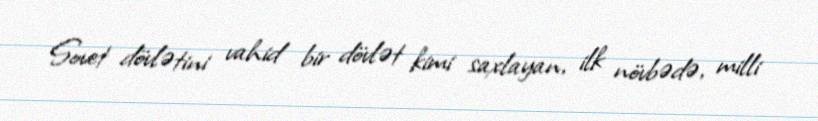
Sovet dövlətini vahid bir dövlət kimi saxlayan, ilk növbədə, milli